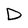
Character: D